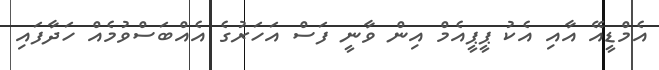
އެމްޑީއޭ އާއި އެކު ޕީޕީއެމް އިން ވާނީ ފަސް އަހަރުގެ އެއްބަސްވުމެއް ހަދާފައި